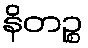
နိတဉ္စ